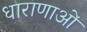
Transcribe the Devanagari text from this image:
धाराणाओं